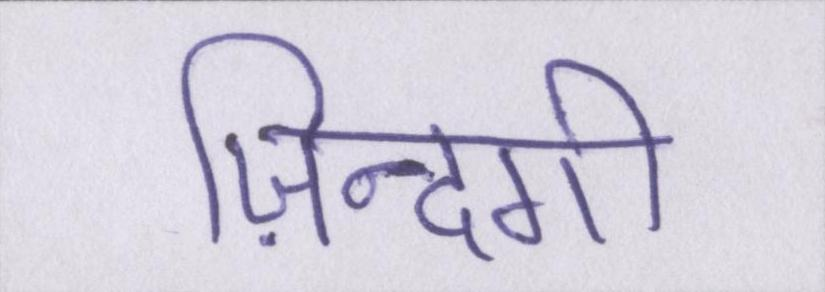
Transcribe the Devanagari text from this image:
ज़िन्दगी